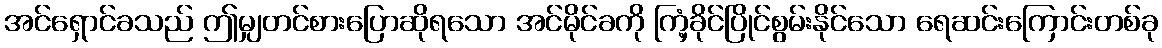
အင်ရှောင်ခသည် ဤမျှတင်စားပြောဆိုရသော အင်မိုင်ခကို ကြံ့ခိုင်ပြိုင်စွမ်းနိုင်သော ရေဆင်းကြောင်းတစ်ခု